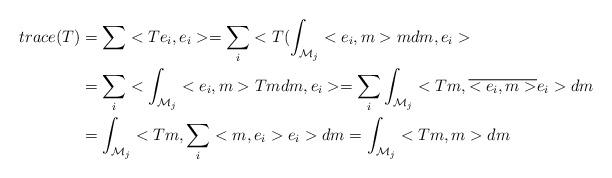
LaTeX: \begin{align*}trace(T) & =\sum<Te_{i},e_{i}>=\sum_{i}<T(\int_{\mathcal{M}_{j}}<e_{i},m>mdm,e_{i}>\\& =\sum_{i}<\int_{\mathcal{M}_{j}}<e_{i},m>Tmdm,e_{i}>=\sum_{i}\int_{\mathcal{M}_{j}}<Tm,\overline{<e_{i},m>}e_{i}>dm\\& =\int_{\mathcal{M}_{j}}<Tm,\sum_{i}<m,e_{i}>e_{i}>dm=\int_{\mathcal{M}_{j}}<Tm,m>dm\end{align*}